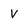
Character: V